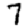
Digit: 7